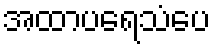
အထာပရေသံပေ